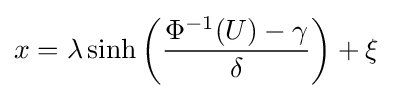
x=\lambda \sinh \left({\frac {\Phi ^{-1}(U)-\gamma }{\delta }}\right)+\xi